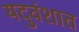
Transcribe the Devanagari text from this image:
यदुवंशात